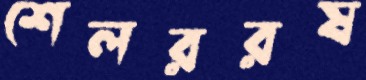
শেলররষ